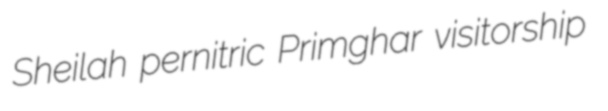
Sheilah pernitric Primghar visitorship